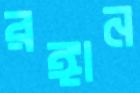
রঙ্গান